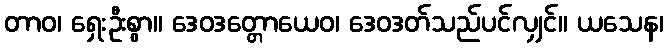
တာဝ၊ ရှေးဦးစွာ။ ဒေဝဒတ္တောယေဝ၊ ဒေဝဒတ်သည်ပင်လျှင်။ ယသေန၊